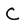
Character: C